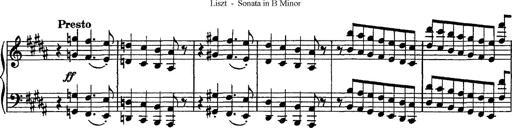
Title: Piano Sonata
Composer: Karl HÃ¤ssler
Key: C major